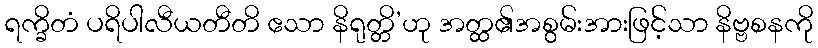
ရက္ခိတံ ပရိပါလီယတီတိ ဧသာ နိရုတ္တိ’ဟု အတ္ထ၏အစွမ်းအားဖြင့်သာ နိဗ္ဗစနကို